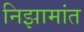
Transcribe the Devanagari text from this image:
निझामांत